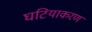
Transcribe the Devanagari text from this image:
घटियाकरण